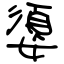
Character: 嬃